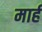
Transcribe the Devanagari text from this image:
मार्ह